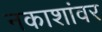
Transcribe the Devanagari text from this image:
नकाशांवर